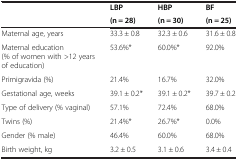
<table><thead><tr><td rowspan="2"><b> </b></td><td><b>LBP</b></td><td><b>HBP</b></td><td><b>BF</b></td></tr><tr><td><b>(n = 28)</b></td><td><b>(n = 30)</b></td><td><b>(n = 25)</b></td></tr></thead><tbody><tr><td>Maternal age, years</td><td>33.3 ± 0.8</td><td>32.3 ± 0.6</td><td>31.6 ± 0.8</td></tr><tr><td>Maternal education (% of women with &gt;12 years of education)</td><td>53.6%*</td><td>60.0%*</td><td>92.0%</td></tr><tr><td>Primigravida (%)</td><td>21.4%</td><td>16.7%</td><td>32.0%</td></tr><tr><td>Gestational age, weeks</td><td>39.1 ± 0.2*</td><td>39.1 ± 0.2*</td><td>39.7 ± 0.2</td></tr><tr><td>Type of delivery (% vaginal)</td><td>57.1%</td><td>72.4%</td><td>68.0%</td></tr><tr><td>Twins (%)</td><td>21.4%*</td><td>26.7%*</td><td>0.0%</td></tr><tr><td>Gender (% male)</td><td>46.4%</td><td>60.0%</td><td>68.0%</td></tr><tr><td>Birth weight, kg</td><td>3.2 ± 0.5</td><td>3.1 ± 0.6</td><td>3.4 ± 0.4</td></tr></tbody></table>